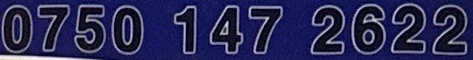
0750 147 2622